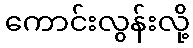
ကောင်းလွန်းလို့